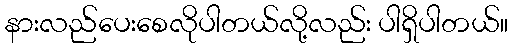
နားလည်ပေးစေလိုပါတယ်လို့လည်း ပါရှိပါတယ်။